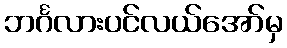
ဘင်္ဂလားပင်လယ်အော်မှ